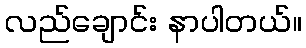
လည်ချောင်း နာပါတယ်။